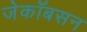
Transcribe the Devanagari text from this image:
जेकॉबसन